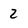
Character: 2